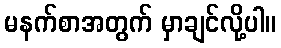
မနက်စာအတွက် မှာချင်လို့ပါ။